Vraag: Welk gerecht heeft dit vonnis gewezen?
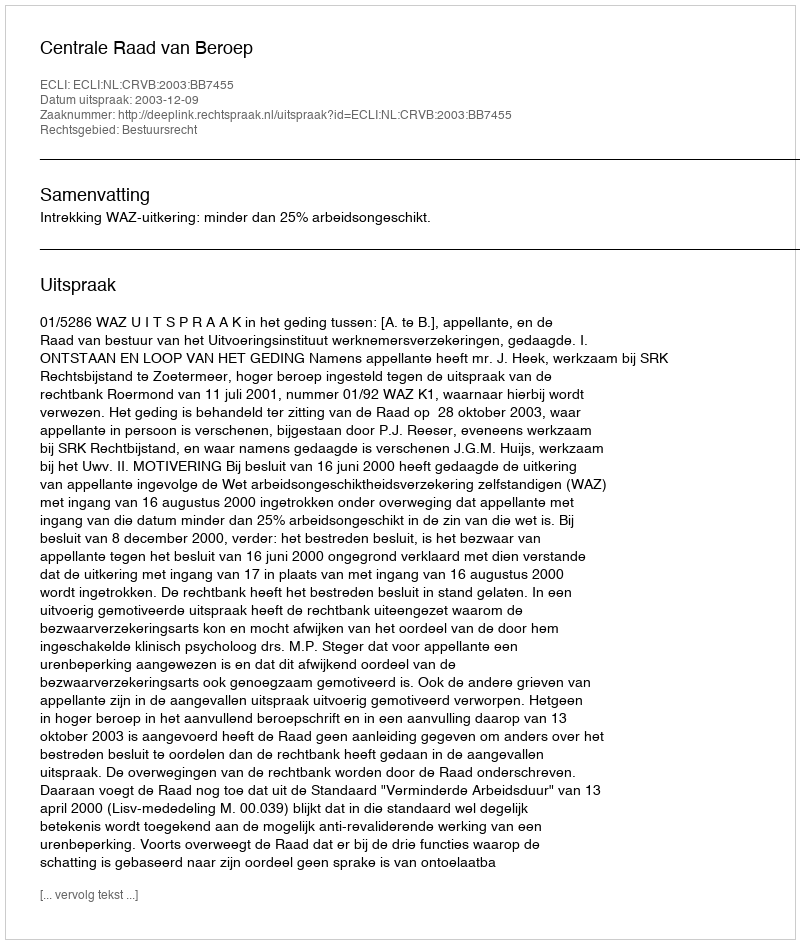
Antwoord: Centrale Raad van Beroep